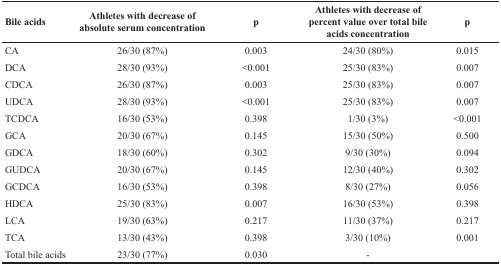
| Bile acids | Athletes with decrease of absolute serum concentration | p | Athletes with decrease of percent value over total bile acids concentration | p |
 | --- | --- | --- | --- | --- |
 | CA | 26/30 (87%) | 0.003 | 24/30 (80%) | 0.015 |
 | DCA | 28/30 (93%) | <0.001 | 25/30 (83%) | 0.007 |
 | CDCA | 26/30 (87%) | 0.003 | 25/30 (83%) | 0.007 |
 | UDCA | 28/30 (93%) | <0.001 | 25/30 (83%) | 0.007 |
 | TCDCA | 16/30 (53%) | 0.398 | 1/30 (3%) | <0.001 |
 | GCA | 20/30 (67%) | 0.145 | 15/30 (50%) | 0.500 |
 | GDCA | 18/30 (60%) | 0.302 | 9/30 (30%) | 0.094 |
 | GUDCA | 20/30 (67%) | 0.145 | 12/30 (40%) | 0.302 |
 | GCDCA | 16/30 (53%) | 0.398 | 8/30 (27%) | 0.056 |
 | HDCA | 25/30 (83%) | 0.007 | 16/30 (53%) | 0.398 |
 | LCA | 19/30 (63%) | 0.217 | 11/30 (37%) | 0.217 |
 | TCA | 13/30 (43%) | 0.398 | 3/30 (10%) | 0.001 |
 | Total bile acids | 23/30 (77%) | 0.030 | - |  |